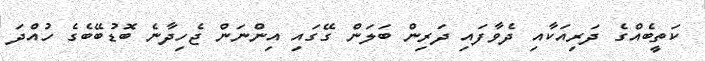
ކަތީބެއްގެ ދަރިއަކާއި ދެވާފައި ދަރިން ބަލަން ގޭގައި އިންނަން ޖެހިދާނެ ބޮޑުބޭބެގެ ހުއްދަ